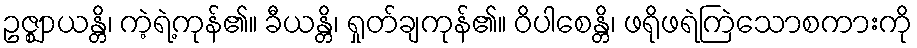
ဥဇ္ဈာယန္တိ၊ ကဲ့ရဲ့ကုန်၏။ ခီယန္တိ၊ ရှုတ်ချကုန်၏။ ဝိပါစေန္တိ၊ ဖရိုဖရဲကြဲသောစကားကို